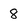
Character: 8